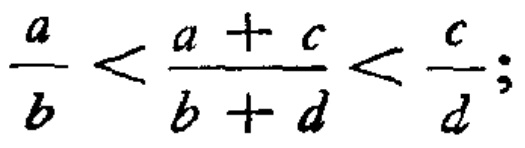
$\frac{a}{b}<\frac{a + c}{b + d}<\frac{c}{d};$